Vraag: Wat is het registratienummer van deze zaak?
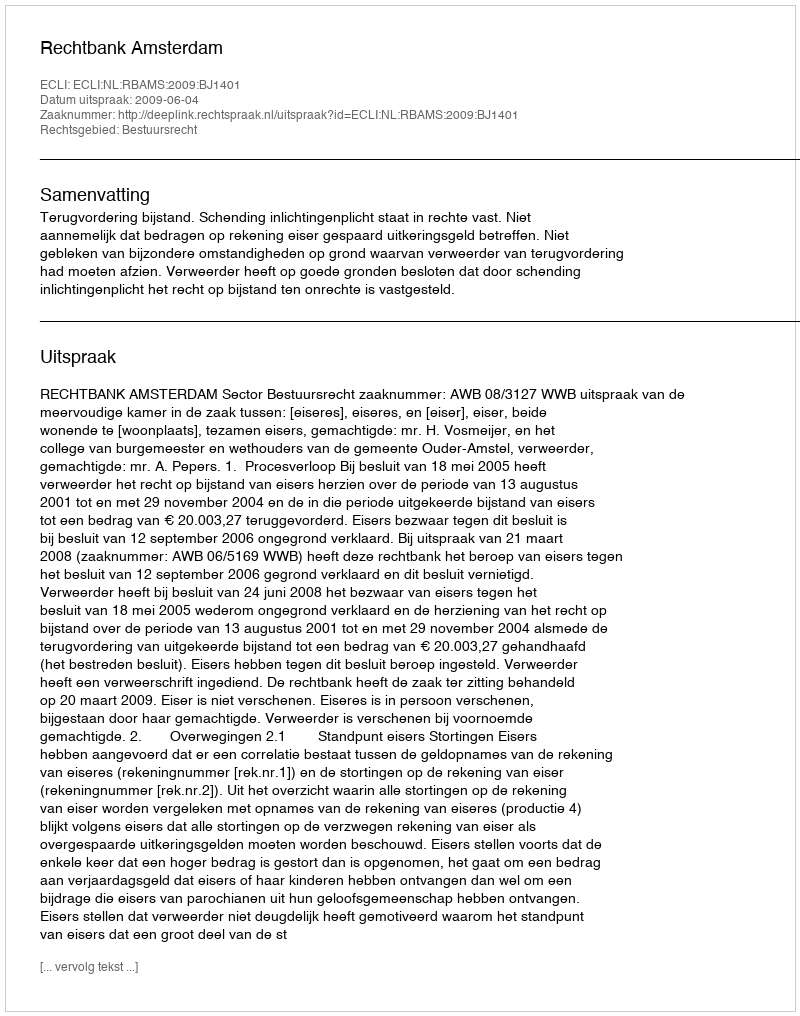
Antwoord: http://deeplink.rechtspraak.nl/uitspraak?id=ECLI:NL:RBAMS:2009:BJ1401